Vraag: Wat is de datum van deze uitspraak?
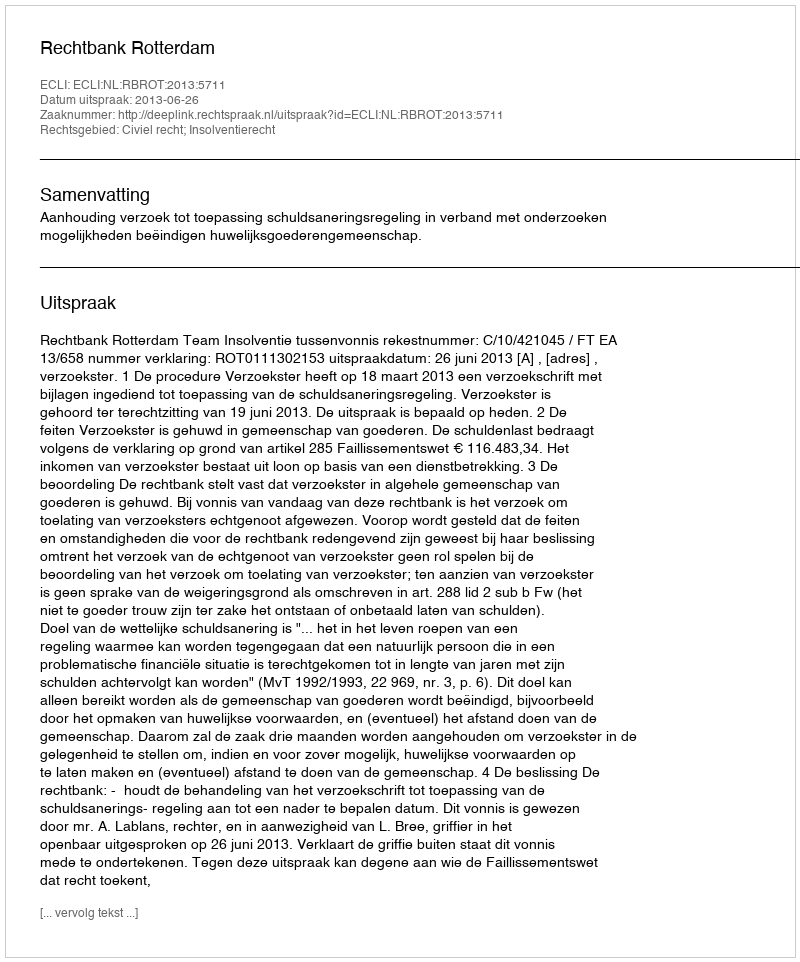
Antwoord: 2013-06-26